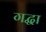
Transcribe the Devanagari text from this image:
गद्धा